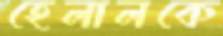
হেলালকে